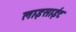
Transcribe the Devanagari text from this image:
लाइसाईट